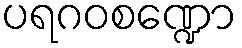
ပရဂဝစဏ္ဍော